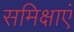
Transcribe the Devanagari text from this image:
समिक्षाएं